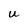
Character: U